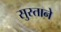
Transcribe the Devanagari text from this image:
सुस्ताने